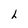
Character: h